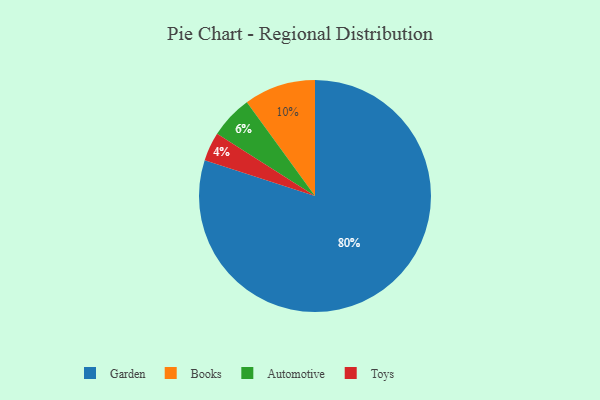
{"axis": {"x": "Category", "y": "Percentage"}, "legend": ["Automotive", "Books", "Garden", "Toys"], "data": [{"x": "Garden", "y": 80, "type": "Garden"}, {"x": "Automotive", "y": 6, "type": "Automotive"}, {"x": "Books", "y": 10, "type": "Books"}, {"x": "Toys", "y": 4, "type": "Toys"}]}